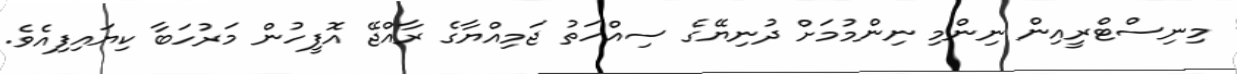
މިނިސްޓްރީއިން ނިންމި ނިންމުމަށް ދުނިޔޭގެ ސިއްހަތު ޖަމިއްޔާގެ ރާއްޖޭ އޮފީހުން މަރުހަބާ ކިޔައިފިއެވެ.